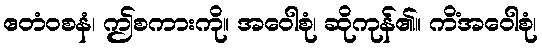
ဧတံဝစနံ၊ ဤစကားကို။ အဝေါစုံ၊ ဆိုကုန်၏။ ကိံအဝေါစုံ၊